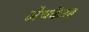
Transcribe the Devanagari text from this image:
मैथकैम्प